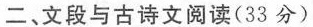
二、文段与古诗文阅读( 33 分 )